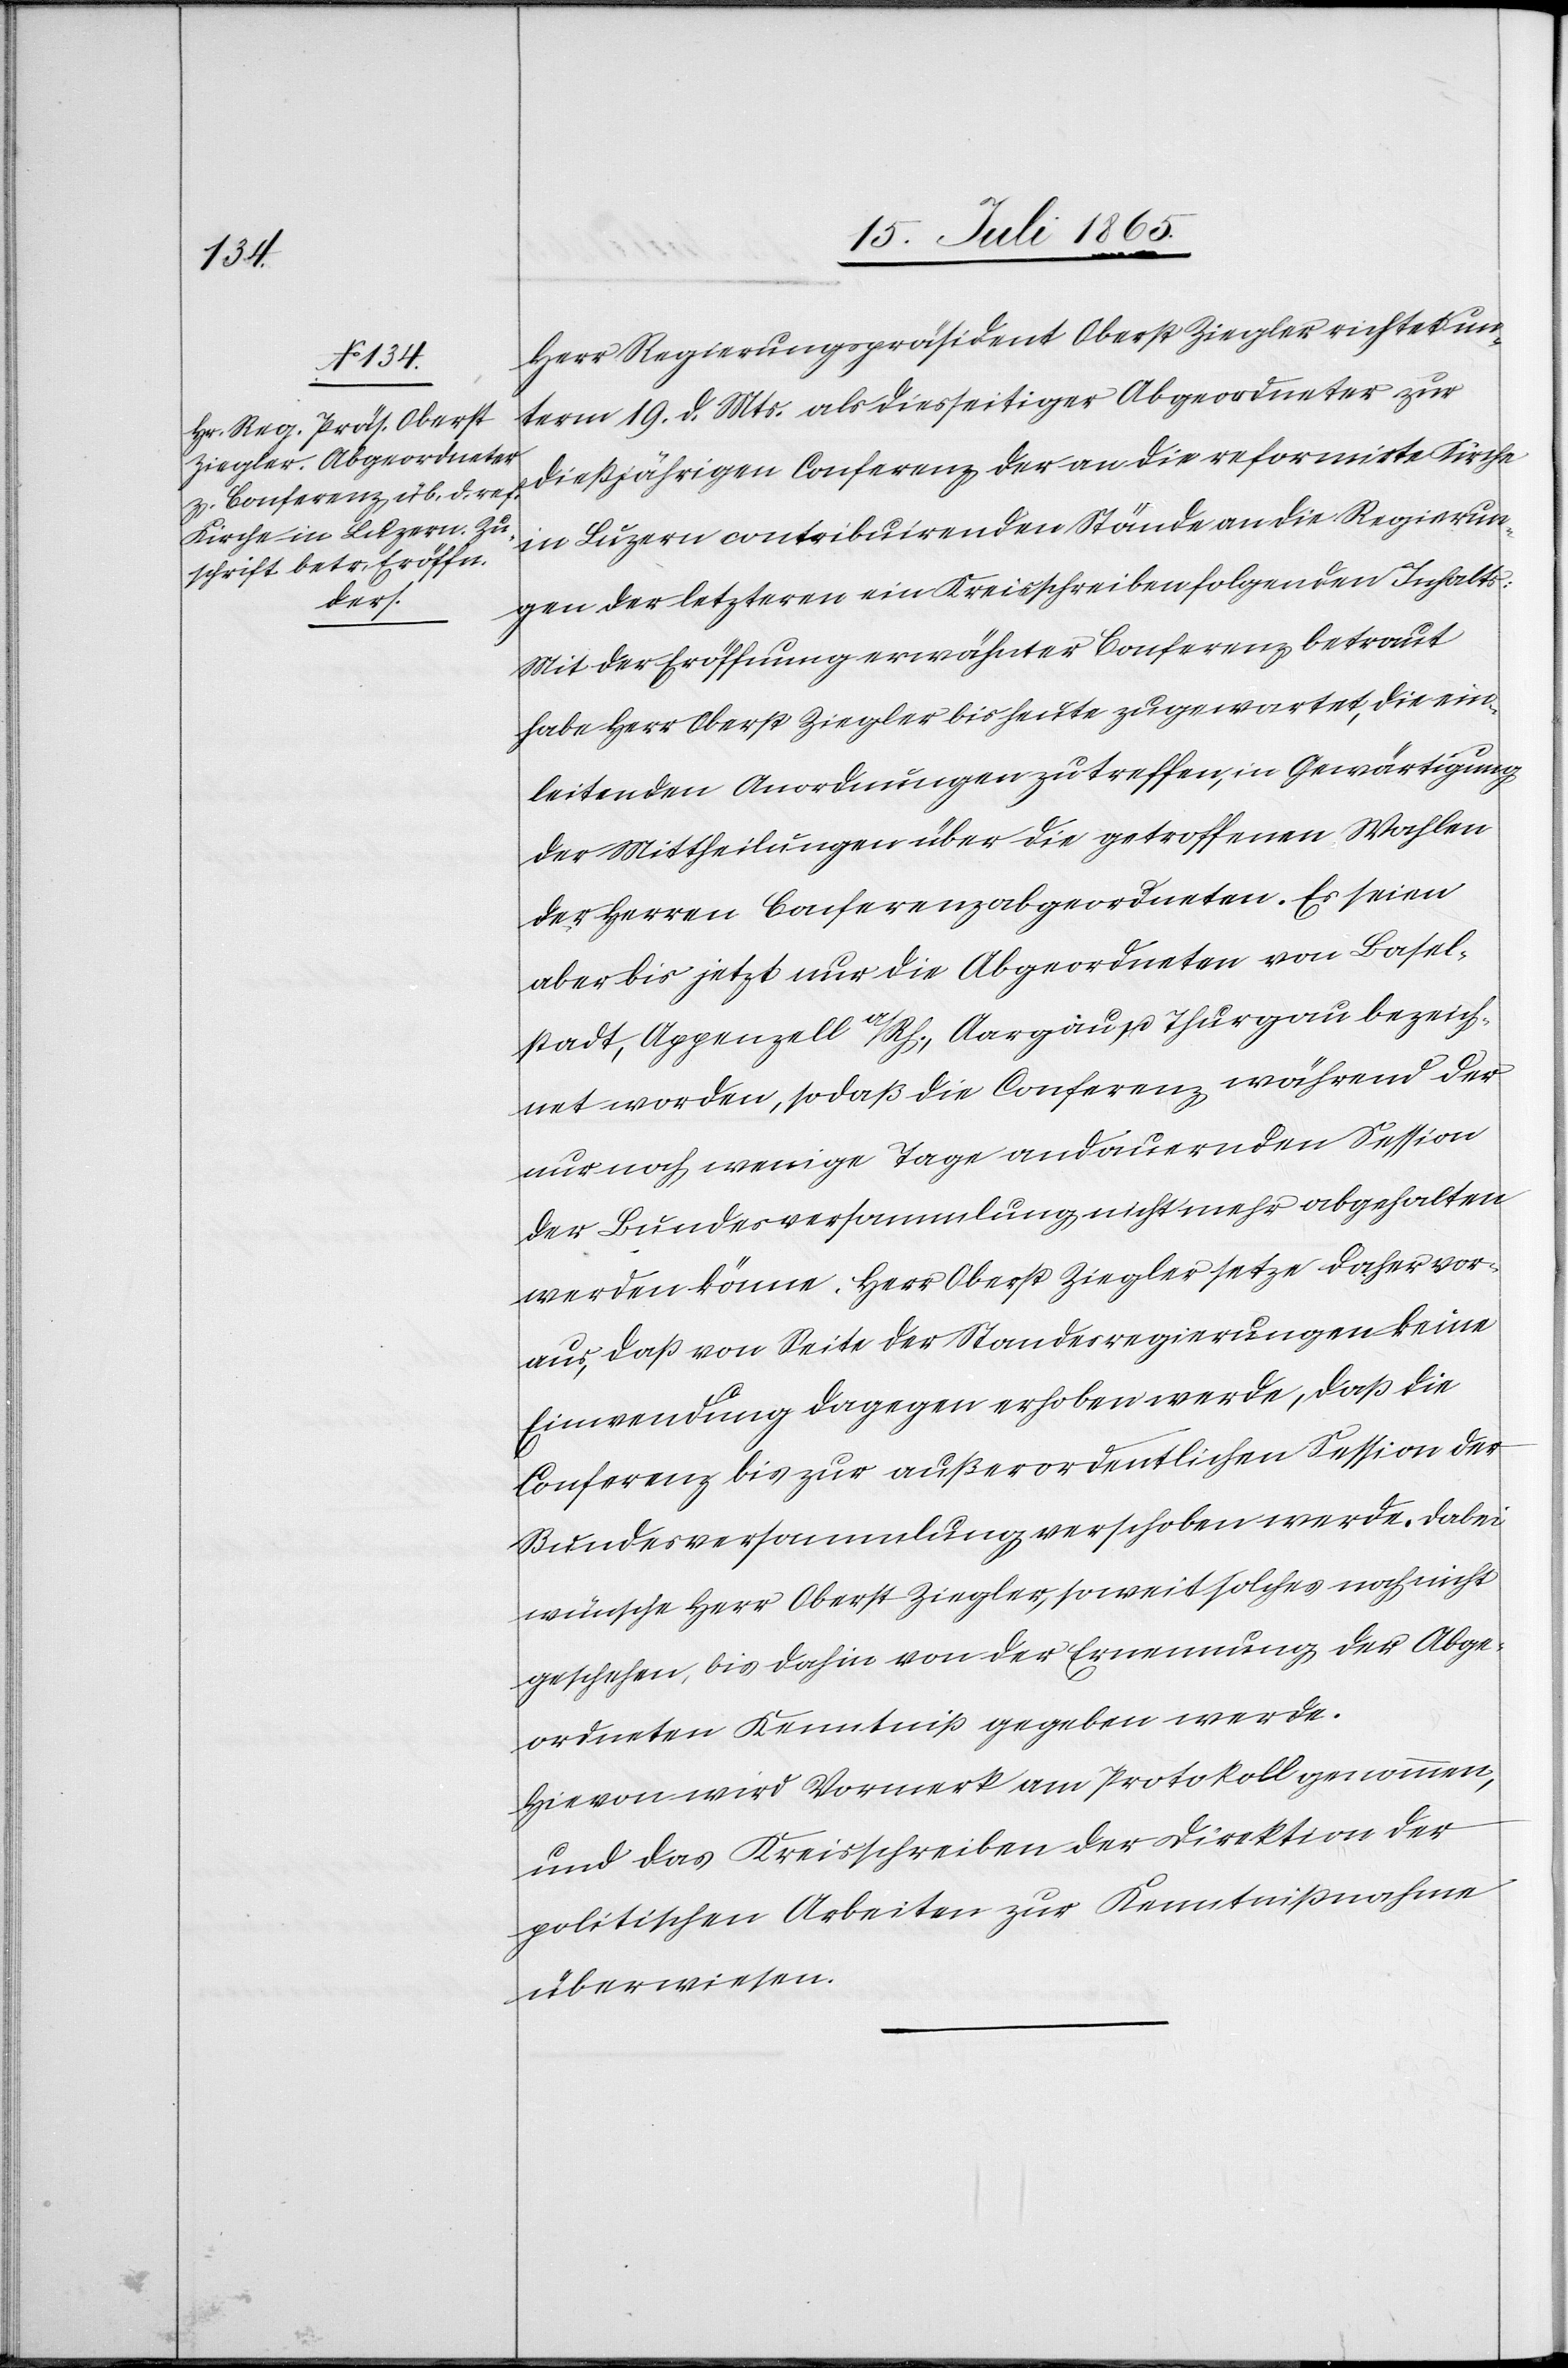
Herr Regierungspräsident Oberst Ziegler richtet un¬
term 19. d. Mts. als diesseitiger Abgeordneter zur
dießjährigen Conferenz der an die reformirte Kirche
in Luzern contribuirenden Stände an die Regierun¬
gen der letzteren ein Kreisschreiben folgenden Inhalts:
Mit der Eröffnung erwähnter Conferenz betraut
habe Herr Oberst Ziegler bis heute zugewartet, die ein¬
leitenden Anordnungen zu treffen, in Gewärtigung
der Mittheilungen über die getroffenen Wahlen
der Herren Conferenzabgeordneten. Es seien
aber bis jetzt nur die Abgeordneten von Basel¬
stadt, Appenzell A/Rh., Aargau u. Thurgau bezeich¬
net worden, so daß die Conferenz während der
nur noch wenige Tage andauernden Session
der Bundesversammlung nicht mehr abgehalten
werden könne. Herr Oberst Ziegler setze daher vor¬
aus, daß von Seite der Standesregierungen keine
Einwendung dagegen erhoben werde, daß die
Conferenz bis zur außerordentlichen Session der
Bundesversammlung verschoben werde. Dabei
wünsche Herr Oberst Ziegler, so weit solches noch nicht
geschehen, bis dahin von der Ernennung der Abge¬
ordneten Kenntniß gegeben werde.
Hievon wird Vormerk am Protokoll genommen,
und das Kreisschreiben der Direktion der
politischen Arbeiten zur Kenntnißnahme
überwiesen.